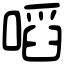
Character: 㗖